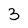
Character: 3